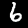
Label: 6